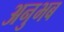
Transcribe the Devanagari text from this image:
अनुभब